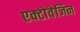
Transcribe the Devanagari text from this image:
एक्टोवेजिन